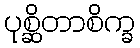
ပုစ္ဆိတာစိက္ခ